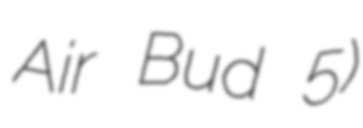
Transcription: Air Bud 5)